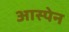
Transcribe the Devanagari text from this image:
आस्पेन